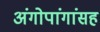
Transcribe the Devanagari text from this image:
अंगोपांगांसह